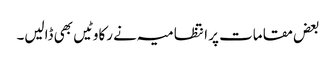
بعض مقامات پر انتظامیہ نے رکاوٹیں بھی ڈالیں۔